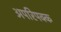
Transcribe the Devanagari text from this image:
अपरिपक्क